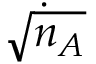
\dot { \sqrt { n _ { A } } }